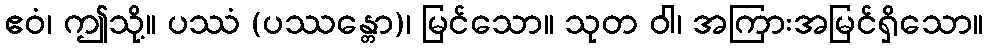
ဧဝံ၊ ဤသို့။ ပဿံ (ပဿန္တော)၊ မြင်သော။ သုတ ဝါ၊ အကြားအမြင်ရှိသော။